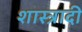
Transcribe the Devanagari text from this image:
शास्त्रादी